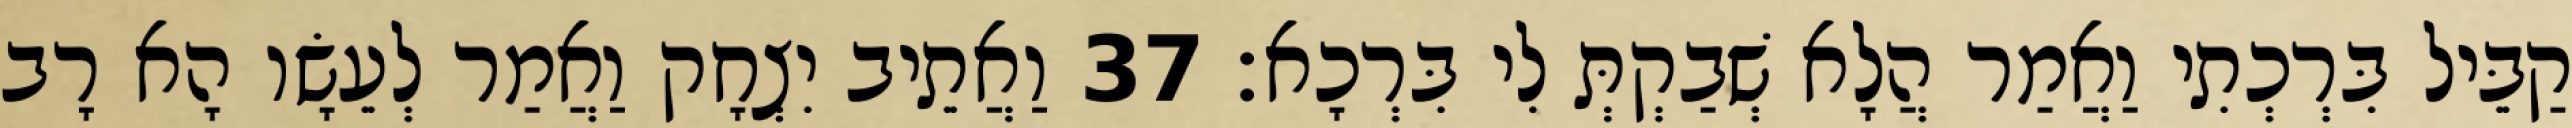
קַבֵּיל בִּרְכְתִי וַאֲמַר הֲלָא שְׁבַקְתְּ לִי בִּרְכָא׃ 37 וַאֲתֵיב יִצְחָק וַאֲמַר לְעֵשָׂו הָא רָב